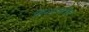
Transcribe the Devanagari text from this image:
शिस्नावरील